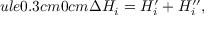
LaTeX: ule { 0.3 cm } { 0 cm } \Delta H _ { i } = H _ { i } ^ { \prime } + H _ { i } ^ { \prime \prime } ,